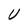
Character: U